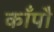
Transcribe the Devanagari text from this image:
काँपौ